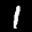
Label: 1